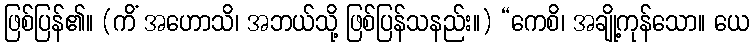
ဖြစ်ပြန်၏။ (ကိံ အဟောသိ၊ အဘယ်သို့ ဖြစ်ပြန်သနည်း။) “ကေစိ၊ အချို့ကုန်သော။ ယေ